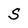
Character: S